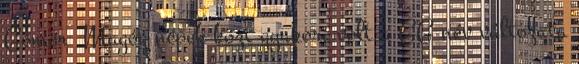
Gómer Magóg népek közt gyakori volt a GG név változata